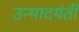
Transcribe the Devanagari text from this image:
उन्मादयंती